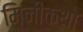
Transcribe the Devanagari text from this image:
मिनीकथा